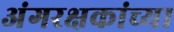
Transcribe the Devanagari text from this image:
अंगरक्षकांच्या